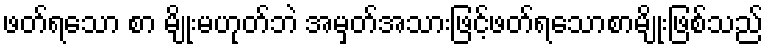
ဖတ်ရသော စာ မျိုးမဟုတ်ဘဲ အမှတ်အသားဖြင့်ဖတ်ရသောစာမျိုးဖြစ်သည်